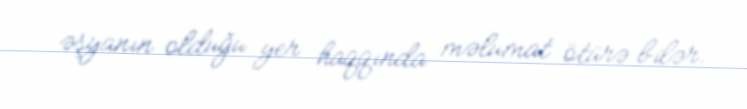
əşyanın olduğu yer haqqında məlumat ötürə bilər.